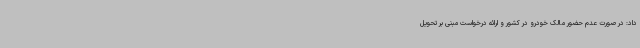
داد: در صورت عدم حضور مالک خودرو در کشور و ارائه درخواست مبنی بر تحویل